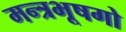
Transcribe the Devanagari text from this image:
मन्त्रभूषगो